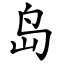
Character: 岛